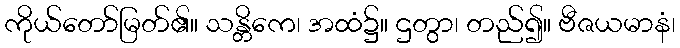
ကိုယ်တော်မြတ်၏။ သန္တိကေ၊ အထံ၌။ ဌတွာ၊ တည်၍။ ဗီဇယမာနံ၊